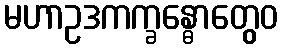
မဟာဥဒကက္ခန္ဓောတွေဝ